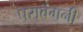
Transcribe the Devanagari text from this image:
पराबंगनी